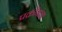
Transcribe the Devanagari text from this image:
प्रक्रीयांचा